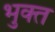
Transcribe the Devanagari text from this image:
भुक्‍त